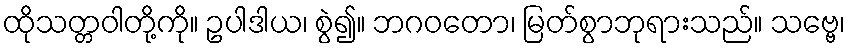
ထိုသတ္တဝါတို့ကို။ ဥပါဒါယ၊ စွဲ၍။ ဘဂဝတော၊ မြတ်စွာဘုရားသည်။ သဗ္ဗေ၊